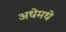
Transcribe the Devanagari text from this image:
अधेमधे